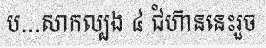
ប...សាកល្បង ៤ ជំហ៊ាននេះរួច